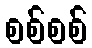
စစ်စစ်